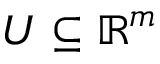
U \subseteq \mathbb { R } ^ { m }